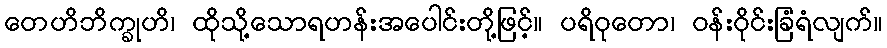
တေဟိဘိက္ခုဟိ၊ ထိုသို့သောရဟန်းအပေါင်းတို့ဖြင့်။ ပရိဝုတော၊ ဝန်းဝိုင်းခြံရံလျက်။